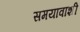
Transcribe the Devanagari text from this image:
समयावाशी